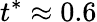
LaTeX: t^{*}\approx 0.6